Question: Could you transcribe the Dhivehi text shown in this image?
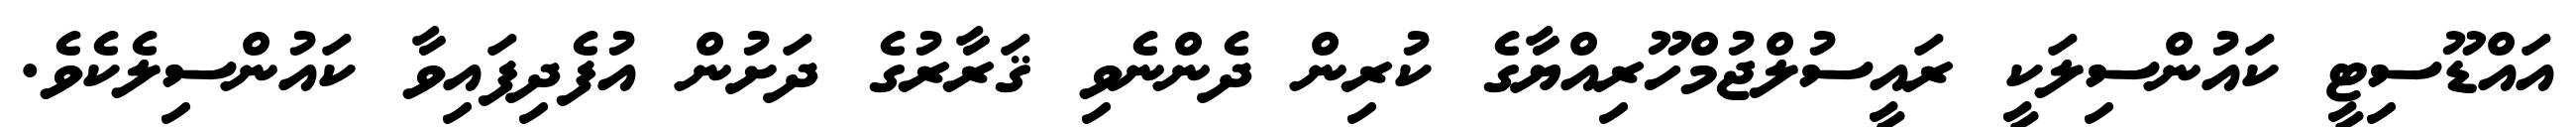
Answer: އައްޑޫސިޓީ ކައުންސިލަކީ ރައީސުލްޖުމްހޫރިއްޔާގެ ކުރިން ދެންނެވި ޤަރާރުގެ ދަށުން އުފެދިފައިވާ ކައުންސިލެކެވެ.